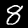
Digit: 8